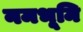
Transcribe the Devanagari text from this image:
नमभूमि